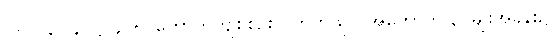
၂-ပါ-၃၇၄၊ ဋ္ဌ-၄၇၅၊ ကောက်ကျစ်စဉ်းလဲတတ်သူ၊ (အကောက် ၃-မျိုးအခန်း၌